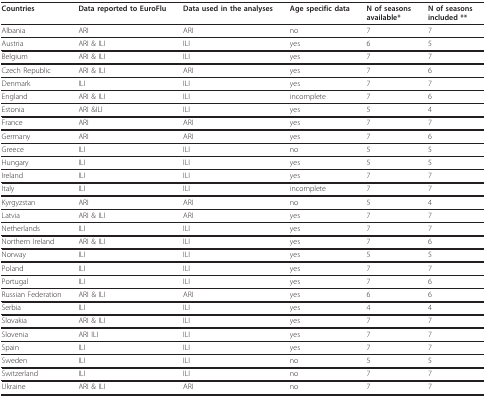
<table><thead><tr><td><b>Countries</b></td><td><b>Data reported to EuroFlu</b></td><td><b>Data used in the analyses</b></td><td><b>Age specific data</b></td><td><b>N of seasons available*</b></td><td><b>N of seasons included **</b></td></tr></thead><tbody><tr><td>Albania</td><td>ARI</td><td>ARI</td><td>no</td><td>7</td><td>7</td></tr><tr><td>Austria</td><td>ARI &amp; ILI</td><td>ILI</td><td>yes</td><td>6</td><td>5</td></tr><tr><td>Belgium</td><td>ARI &amp; ILI</td><td>ILI</td><td>yes</td><td>7</td><td>7</td></tr><tr><td>Czech Republic</td><td>ARI &amp; ILI</td><td>ARI</td><td>yes</td><td>7</td><td>6</td></tr><tr><td>Denmark</td><td>ILI</td><td>ILI</td><td>yes</td><td>7</td><td>7</td></tr><tr><td>England</td><td>ARI &amp; ILI</td><td>ILI</td><td>incomplete</td><td>7</td><td>6</td></tr><tr><td>Estonia</td><td>ARI &amp;ILI</td><td>ILI</td><td>yes</td><td>5</td><td>4</td></tr><tr><td>France</td><td>ARI</td><td>ARI</td><td>yes</td><td>7</td><td>7</td></tr><tr><td>Germany</td><td>ARI</td><td>ARI</td><td>yes</td><td>7</td><td>6</td></tr><tr><td>Greece</td><td>ILI</td><td>ILI</td><td>no</td><td>5</td><td>5</td></tr><tr><td>Hungary</td><td>ILI</td><td>ILI</td><td>yes</td><td>5</td><td>5</td></tr><tr><td>Ireland</td><td>ILI</td><td>ILI</td><td>yes</td><td>7</td><td>7</td></tr><tr><td>Italy</td><td>ILI</td><td>ILI</td><td>incomplete</td><td>7</td><td>7</td></tr><tr><td>Kyrgyzstan</td><td>ARI</td><td>ARI</td><td>no</td><td>5</td><td>4</td></tr><tr><td>Latvia</td><td>ARI &amp; ILI</td><td>ARI</td><td>yes</td><td>7</td><td>7</td></tr><tr><td>Netherlands</td><td>ILI</td><td>ILI</td><td>yes</td><td>7</td><td>7</td></tr><tr><td>Northern Ireland</td><td>ARI &amp; ILI</td><td>ILI</td><td>yes</td><td>7</td><td>6</td></tr><tr><td>Norway</td><td>ILI</td><td>ILI</td><td>yes</td><td>5</td><td>5</td></tr><tr><td>Poland</td><td>ILI</td><td>ILI</td><td>yes</td><td>7</td><td>7</td></tr><tr><td>Portugal</td><td>ILI</td><td>ILI</td><td>yes</td><td>7</td><td>6</td></tr><tr><td>Russian Federation</td><td>ARI &amp; ILI</td><td>ARI</td><td>yes</td><td>6</td><td>6</td></tr><tr><td>Serbia</td><td>ILI</td><td>ILI</td><td>yes</td><td>4</td><td>4</td></tr><tr><td>Slovakia</td><td>ARI &amp; ILI</td><td>ILI</td><td>yes</td><td>7</td><td>7</td></tr><tr><td>Slovenia</td><td>ARI ILI</td><td>ILI</td><td>yes</td><td>7</td><td>7</td></tr><tr><td>Spain</td><td>ILI</td><td>ILI</td><td>yes</td><td>7</td><td>7</td></tr><tr><td>Sweden</td><td>ILI</td><td>ILI</td><td>no</td><td>5</td><td>5</td></tr><tr><td>Switzerland</td><td>ILI</td><td>ILI</td><td>no</td><td>7</td><td>7</td></tr><tr><td>Ukraine</td><td>ARI &amp; ILI</td><td>ARI</td><td>no</td><td>7</td><td>7</td></tr></tbody></table>